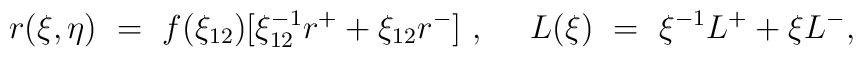
r (\xi,\eta ) ~=~ f(\xi_{12})[ \xi_{12}^{-1} r^+ +      \xi_{12} r^-  ]~,\ \ \ \ L (\xi)  ~=~ { \xi^{-1}}  L^{+} + \xi L^{-},